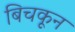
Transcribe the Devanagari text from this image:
बिचकून